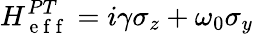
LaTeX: H_{\mathrm{~e~f~f~}}^{PT}=i\gamma\sigma_{z}+\omega_{0}\sigma_{y}